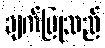
ချက်ပြုသည်